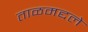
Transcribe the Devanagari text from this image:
ताळमद्दले